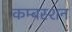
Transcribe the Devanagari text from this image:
कम्बस्शन